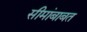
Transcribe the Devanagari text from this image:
सीमांबाबत